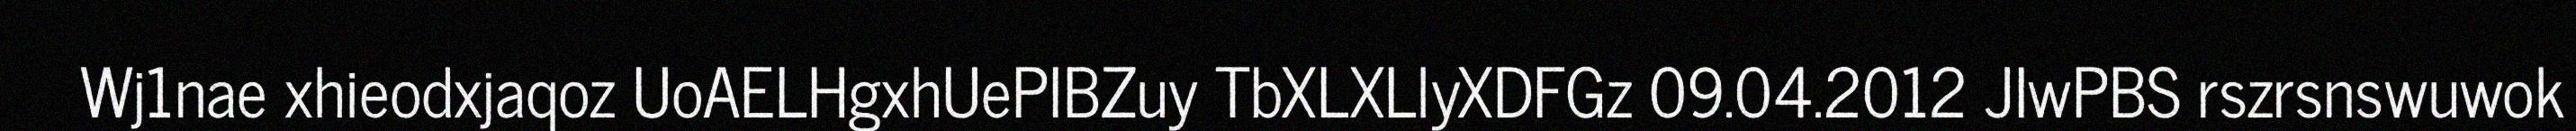
Wj1nae xhieodxjaqoz UoAELHgxhUePIBZuy TbXLXLlyXDFGz 09.04.2012 JIwPBS rszrsnswuwok